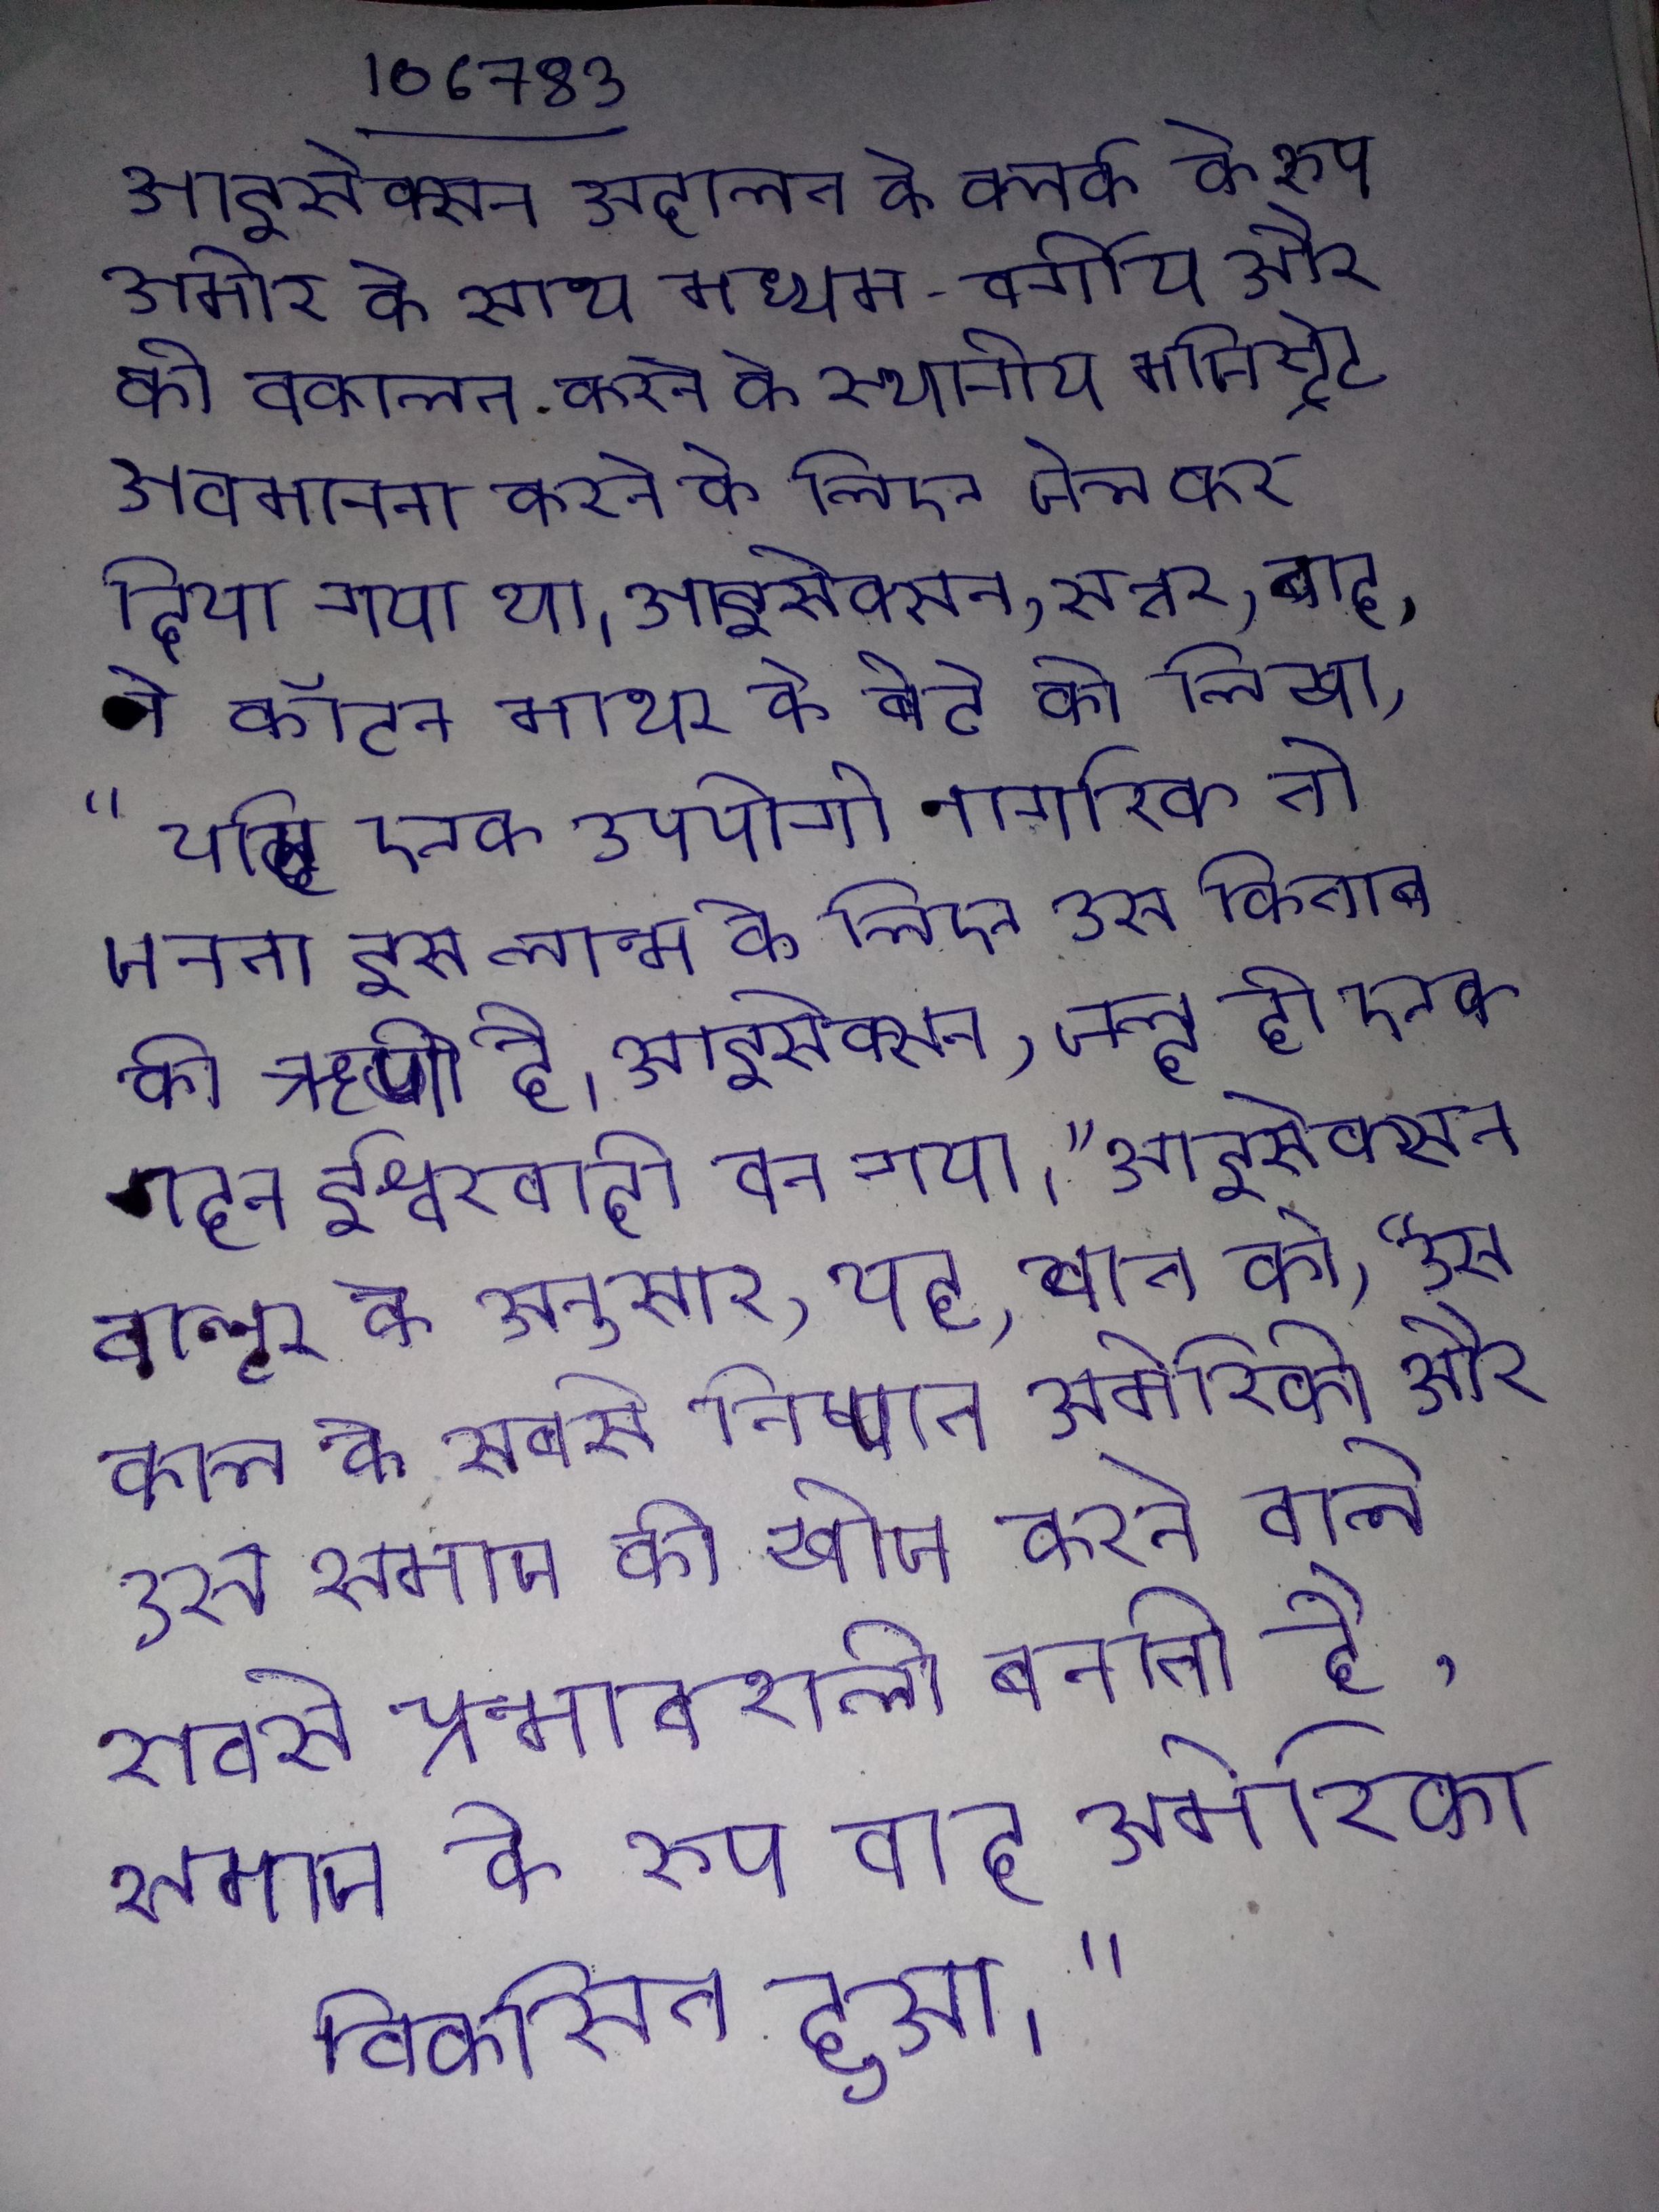
आइसेक्सन अदालत के क्लर्क के रूप अमीर के साथ मध्यम-वर्गीय और की वकालत करने के स्थानीय मजिस्ट्रेट की अवमानना करने के लिए जेल कर दिया गया था । आइसेक्सन, सत्तर बाद, ने कॉटन माथर के बेटे को लिखा, "यदि एक उपयोगी नागरिक तो जनता इस लाभ के लिए उस किताब की ऋणी है।" आइसेक्सन, जल्द ही एक गहन ईश्वरवादी बन गया।" आइसेक्सन वाल्टर के अनुसार, यह बात को, "उस काल के सबसे निष्णात अमेरिकी और उस समाज की खोज करने वाले सबसे प्रभावशाली बनाती है, जैसे समाज के रूप बाद अमेरिका विकसित हुआ।" आइसोटाइप या वर्ग परिवर्तन एक जैविक प्रक्रिया है जो बी के सक्रिय होने के बाद घटित होती है तथा जो कोशिका को विभिन्न के (आईजीए आइजीई या, आइजीजी उत्पन्न करने की अनुमति देती है ।